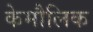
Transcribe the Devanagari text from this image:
केमौलिक